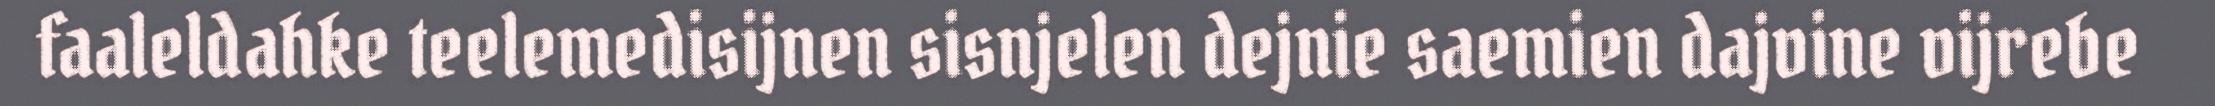
faaleldahke teelemedisijnen sisnjelen dejnie saemien dajvine vijrebe